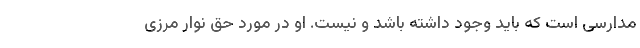
مدارسی است که باید وجود داشته باشد و نیست. او در مورد حق نوار مرزی